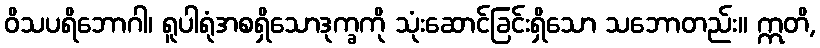
ဝိသပရိဘောဂါ၊ ရူပါရုံအစရှိသောဒုက္ခကို သုံးဆောင်ခြင်းရှိသော သဘောတည်း။ ဣတိ,